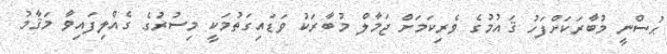
ޙުސްނީ މުބާރަކަށްފަހު ޤައުމުގެ ވެރިކަމަށް ޖަމާލް މުބާރަކު ވަޑައިގަތުމަކީ މިސުރުގެ ގެއްލިފައިވާ މަޤާމު